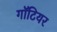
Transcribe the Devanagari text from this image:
गॉटियर